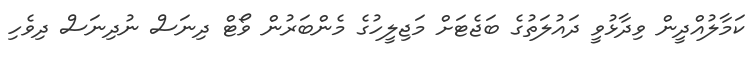
ކަމާލުއްދީން ވިދާޅުވީ ދައުލަތުގެ ބަޖެޓަށް މަޖިލީހުގެ މެންބަރުން ވޯޓް ދިނަސް ނުދިނަސް ދިވެހި